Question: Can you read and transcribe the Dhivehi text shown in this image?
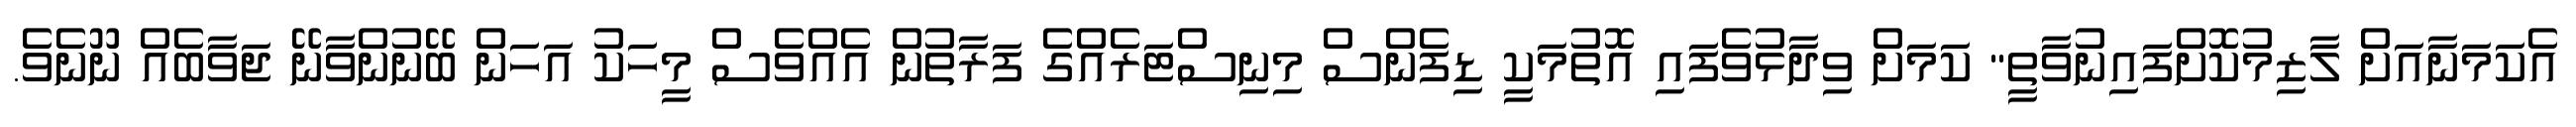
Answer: އެކަމަނާއަށް ލާޒިމުކޮށްފައިނުވާތީ" ކަމަށް ވިދާޅުވެފައި އޮތުމަކީ ޑިފެންސް މިނިސްޓަރެއްގެ ފަރާތުން އެއްވެސް މީހަކު އަހަން ބޭނުންވާނޭ ޖަވާބެއް ނޫނެވެ.